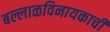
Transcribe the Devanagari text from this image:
बल्लाळविनायकाची